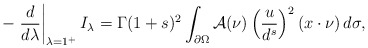
\begin{align*}-\left.\frac{d}{d\lambda}\right|_{\lambda=1^+}I_\lambda=\Gamma(1+s)^2\int_{\partial\Omega}\mathcal A(\nu)\left(\frac{u}{d^s}\right)^2(x\cdot\nu)\,d\sigma,\end{align*}